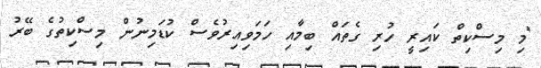
"މި މިސްކިތް ކައިރީ ހުރި ގެތައް ބިމާއި ހަމަވިއިރުވެސް ކުޑަމިނުން މިސްކިތުގެ ބޭރު